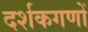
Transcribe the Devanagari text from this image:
दर्शकगणों